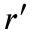
\boldsymbol { r ^ { \prime } }